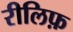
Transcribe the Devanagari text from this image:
रीलिफ़